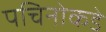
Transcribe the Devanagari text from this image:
पचिनोकडे